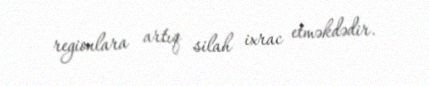
regionlara artıq silah ixrac etməkdədir.